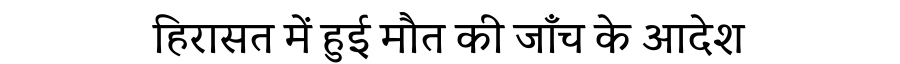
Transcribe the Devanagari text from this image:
हिरासत में हुई मौत की जाँच के आदेश